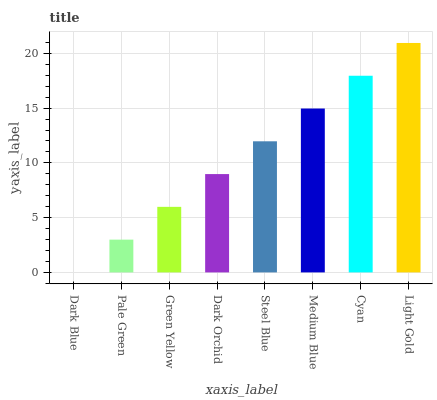
| xaxis_label | bars |
 | --- | --- |
 | Dark Blue | 0 |
 | Pale Green | 2.99 |
 | Green Yellow | 5.99 |
 | Dark Orchid | 8.98 |
 | Steel Blue | 12 |
 | Medium Blue | 15 |
 | Cyan | 18 |
 | Light Gold | 21 |